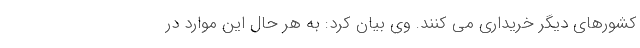
کشورهای دیگر خریداری می کنند. وی بیان کرد: به هر حال این موارد در